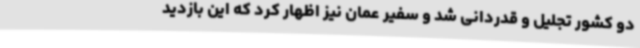
دو کشور تجلیل و قدردانی شد و سفیر عمان نیز اظهار کرد که این بازدید